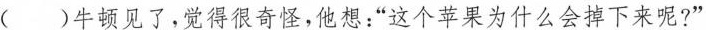
（ ）牛顿见了，觉得很奇怪，他想：”这个苹果为什么会掉下来呢?”